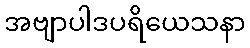
အဗျာပါဒပရိယေသနာ